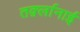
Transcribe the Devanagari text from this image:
तर्क़्लानाई